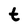
Character: t